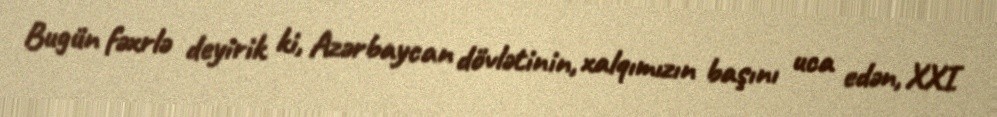
Bugün fəxrlə deyirik ki, Azərbaycan dövlətinin, xalqımızın başını uca edən, XXI